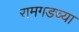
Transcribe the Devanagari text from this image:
रामगडच्या